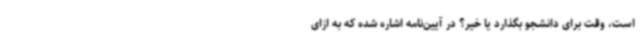
است، وقت برای دانشجو بگذارد یا خیر؟ در آیین‌نامه اشاره شده که به ازای